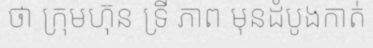
ថា ក្រុមហ៊ុន ទ្រី ភាព មុនដំបូងកាត់